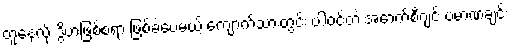
တူနေလို့ ဒွိဟဖြစ်စရာ ဖြစ်ခဲ့ပေမယ့် ကျောက်သားတွင်း ပါဝင်တဲ့ အောက်စီဂျင် ပမာဏချင်း